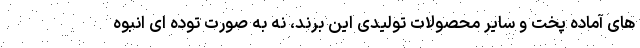
های آماده پخت و سایر محصولات تولیدی این برند، نه به صورت توده ای انبوه